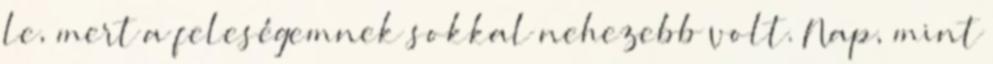
le, mert a feleségemnek sokkal nehezebb volt. Nap, mint